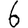
Digit: 6